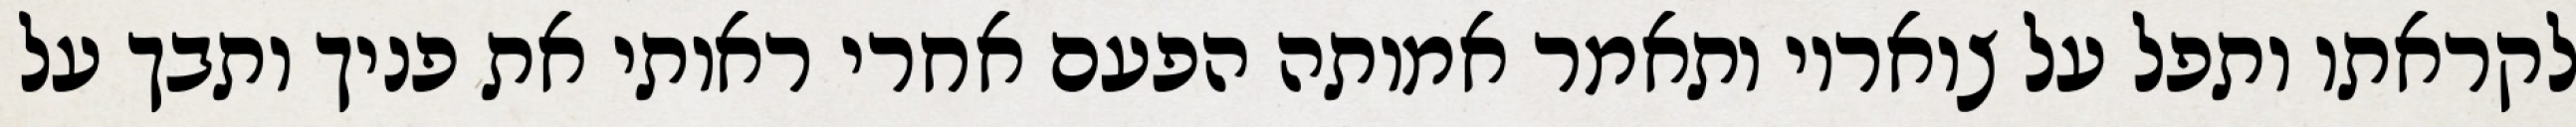
לקראתו ותפל על צואריו ותאמר אמותה הפעם אחרי ראותי את פניך ותבך על